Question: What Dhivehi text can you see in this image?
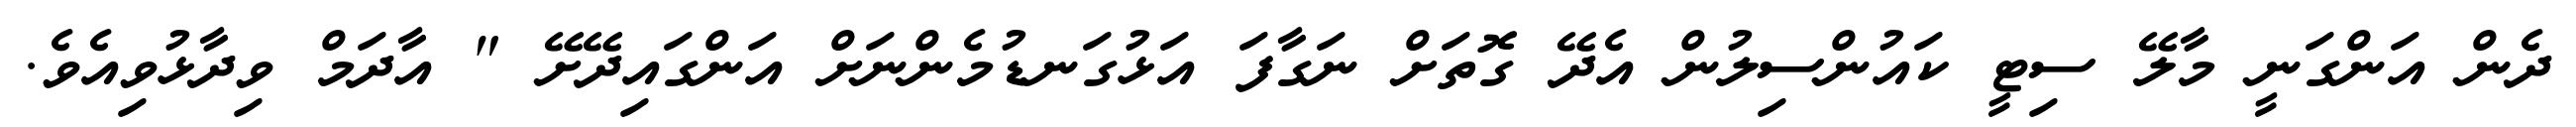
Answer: ދެން އަންގަނީ މާލޭ ސިޓީ ކައުންސިލުން އެދޭ ގޮތަށް ނަގާފަ އަޅުގަނޑުމެންނަށް އަންގައިދޭށޭ " އާދަމް ވިދާޅުވިއެވެ.